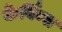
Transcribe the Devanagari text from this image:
केर्विन्स